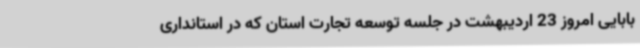
بابایی امروز 23 اردیبهشت در جلسه توسعه تجارت استان که در استانداری